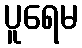
ပူရေမ